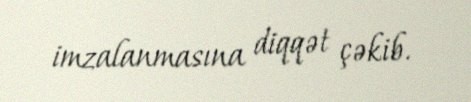
imzalanmasına diqqət çəkib.